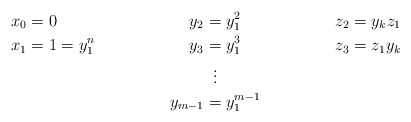
\begin{align*}x_{0} & = 0 & y_2 &= y_1^2 & z_2 &= y_kz_1 \\x_{1} & = 1 = y_1^n & y_3 &= y_1^3 & z_3 &= z_1 y_k \\ &&& \;\;\vdots\\&&y_{m-1} & = y_1^{m-1}\end{align*}